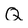
Character: Q